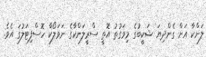
ލަންކާ އަށް ގެންދިޔަ ޝަކީބުގެ މިވަގުތު އޮތީ ސްރީލަންކާގެ ނަވަލޯކާ ހޮސްފިޓަލުގަ އެވެ.